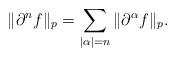
LaTeX: \begin{align*}\| \partial^n f \|_p = \sum_{|\alpha|=n} \| \partial^{\alpha} f \|_p.\end{align*}